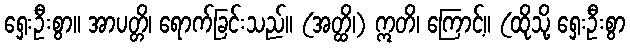
ရှေးဦးစွာ။ အာပတ္တိ၊ ရောက်ခြင်းသည်။ (အတ္ထိ၊) ဣတိ၊ ကြောင့်။ (ထိုသို့ ရှေးဦးစွာ